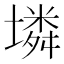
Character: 𡑝